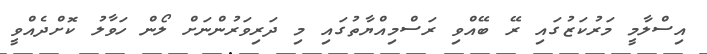
އިސްލާމީ މަރުކަޒުގައި ރޭ ބޭއްވި ރަސްމިއްޔާތުގައި މި ދަރިވަރުންނަށް ލޯން ހަވާލު ކޮށްދެއްވީ